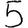
Digit: 5